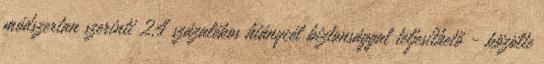
módszertan szerinti 2,4 százalékos hiánycél biztonsággal teljesíthető - közölte